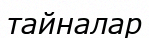
тайналар